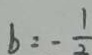
b = - \frac { 1 } { 2 }